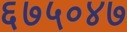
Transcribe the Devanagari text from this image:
६७५०४७